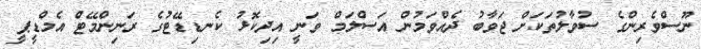
ނޫސްވެރިންގެ ސުވާލުތަކަށް ޖަވާބު ދެއްވަމުން އަސްލަމް ވަނީ އިދިކޮޅު ކެނޑިޑޭޓުގެ ރަނިންމޭޓް އެމްޑީޕީ